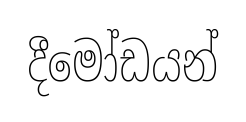
දීමෝඩයන්